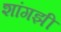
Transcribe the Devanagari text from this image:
शांगझी